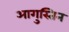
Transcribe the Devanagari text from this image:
आगुस्तिन